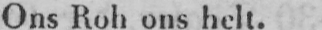
Ons Roh ons helt.